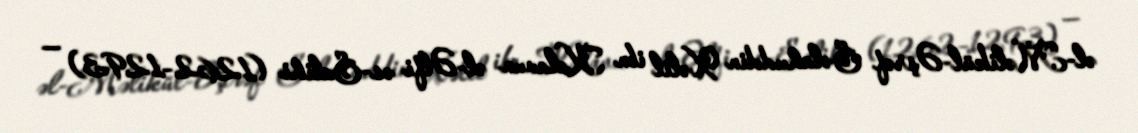
əl-Məlikül-Əşrəf Səlahuddin Xəlil ibn Kalavun əl-Əlfi əs-Salihi (1262–1293) —